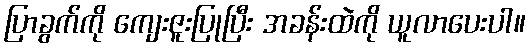
ပြာခွက်ကို ကျေးဇူးပြုပြီး အခန်းထဲကို ယူလာပေးပါ။